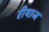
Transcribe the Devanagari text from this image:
रीयाज